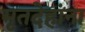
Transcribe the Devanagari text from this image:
मृतदेहांना